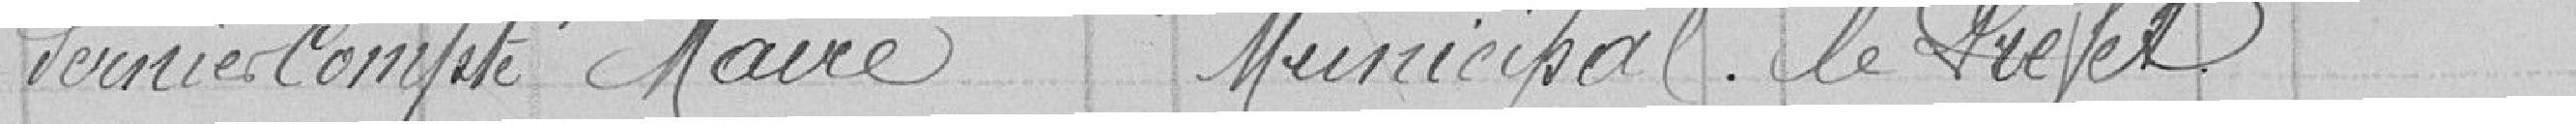
Premier Compte  Maire  Municipal   Le Préfet